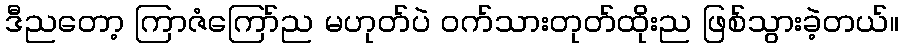
ဒီညတော့ ကြာဇံကြော်ည မဟုတ်ပဲ ဝက်သားတုတ်ထိုးည ဖြစ်သွားခဲ့တယ်။